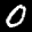
Label: 0